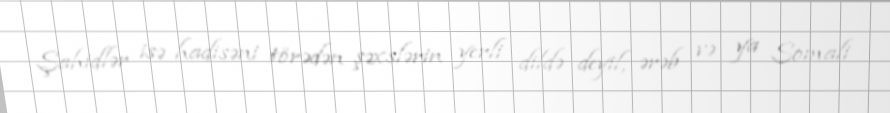
Şahidlər isə hadisəni törədən şəxslərin yerli dildə deyil, ərəb və ya Somali